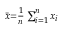
\scriptstyle { \bar { x } } = { \frac { 1 } { n } } \sum _ { i = 1 } ^ { n } x _ { i }